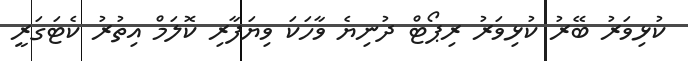
ކުޅިވަރު ބޭރު ކުޅިވަރު ރިޕޯޓް ދުނިޔެ ވާހަކަ ވިޔަފާރި ކޮލަމް އިތުރު ކެޓަގަރީ